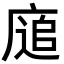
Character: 𢊅